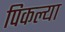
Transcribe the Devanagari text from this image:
पिकल्या